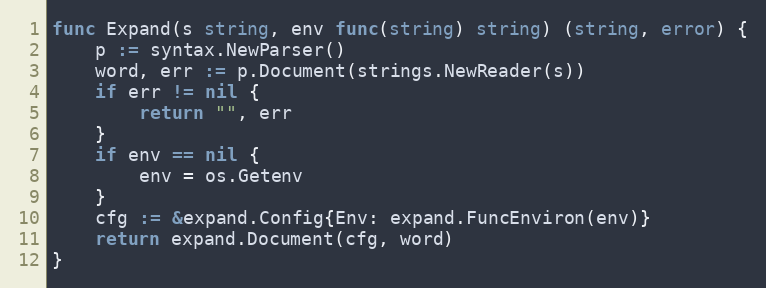
Language: Go
func Expand(s string, env func(string) string) (string, error) {
	p := syntax.NewParser()
	word, err := p.Document(strings.NewReader(s))
	if err != nil {
		return "", err
	}
	if env == nil {
		env = os.Getenv
	}
	cfg := &expand.Config{Env: expand.FuncEnviron(env)}
	return expand.Document(cfg, word)
}